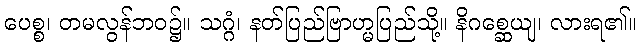
ပေစ္စ၊ တမလွန်ဘဝ၌။ သဂ္ဂံ၊ နတ်ပြည်ဗြာဟ္မပြည်သို့။ နိဂစ္ဆေယျ၊ လားရ၏။